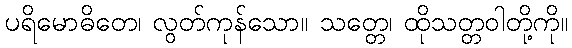
ပရိမောဓိတေ၊ လွတ်ကုန်သော။ သတ္တေ၊ ထိုသတ္တဝါတို့ကို။